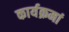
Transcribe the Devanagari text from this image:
कार्यक्रमां